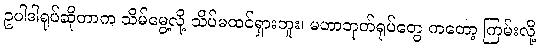
ဥပါဒါရုပ်ဆိုတာက သိမ်မွေ့လို့ သိပ်မထင်ရှားဘူး၊ မဟာဘုတ်ရုပ်တွေ ကတော့ ကြမ်းလို့